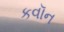
કવૉન